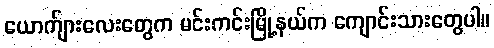
ယောက်ျားလေးတွေက မင်းကင်းမြို့နယ်က ကျောင်းသားတွေပါ။